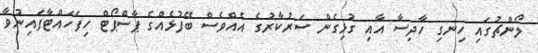
ލޯންޗުގައި ހިނގި ހާދިސާ އާއި ގުޅިގެން ސަރުކާރުގެ އެއްވެސް ބޭފުޅެއްގެ ޕާސްޕޯޓް ހިފަހައްޓާފައިނުވާ